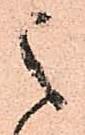
之